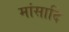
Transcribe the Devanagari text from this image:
मांसादि